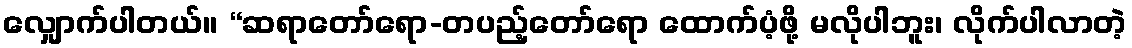
လျှောက်ပါတယ်။ “ဆရာတော်ရော-တပည့်တော်ရော ထောက်ပံ့ဖို့ မလိုပါဘူး၊ လိုက်ပါလာတဲ့